Indian journal of veterinary science and animal husbandry - Volumes 15-17, 1948-1951
Year: 1948
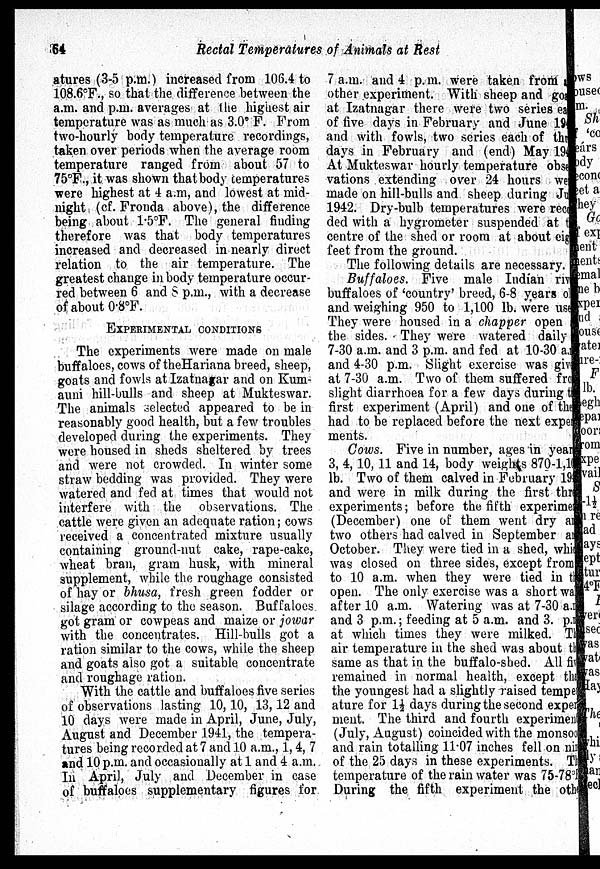
64
Rectal Temperatures of Animals at Rest
atures (3-5 p.m.) increased from 106.4 to
108.6ºF., so that the difference between the
a.m. and p.m. averages at the highest air
temperature was as much as 3.0º F. From
two-hourly body temperature recordings,
taken over periods when the average room
temperature ranged from about 57 to
75ºF., it was shown that body temperatures
were highest at 4 a.m, and lowest at mid-
night (cf. Fronda above), the difference
being about 1.5°F. The general finding
therefore was that body temperatures
increased and decreased in nearly direct
relation to the air temperature. The
greatest change in body temperature occur-
red between 6 and 8 p.m., with a decrease
of about 0.8ºF.
EXPERIMENTAL CONDITIONS
The experiments were made on male
buffaloes, cows of theHariana breed, sheep,
goats and fowls at Izatnagar and on Kum-
auni hill-bulls and sheep at Mukteswar.
The animals selected appeared to be in
reasonably good health, but a few troubles
developed during the experiments. They
were housed in sheds sheltered by trees
and were not crowded. In winter some
straw bedding was provided. They were
watered and fed at times that would not
interfere with the observations. The
cattle were given an adequate ration; cows
received a concentrated mixture usually
containing ground-nut cake, rape-cake,
wheat bran, gram husk, with mineral
supplement, while the roughage consisted
of hay or bhusa, fresh green fodder or
silage according to the season. Buffaloes.
got gram or cowpeas and maize or jowar
with the concentrates. Hill-bulls got a
ration similar to the cows, while the sheep
and goats also got a suitable concentrate
and roughage ration.
With the cattle and buffaloes five series
of observations lasting 10, 10, 13, 12 and
10 days were made in April, June, July,
August and December 1941, the tempera-
tures being recorded at 7 and 10 a.m., 1, 4, 7
and 10 p.m. and occasionally at 1 and 4 a.m.
In April, July and December in case
of buffaloes supplementary figures for
7 a.m. and 4 p. m. were taken from a
other experiment. With sheep and goat
at Izatnagar there were two series ea
of five days in February and June 1942
and with fowls, two series each of three
days in February and (end) May 1942
At Mukteswar hourly temperature obser
vations extending over 24 hours were
made on hill-bulls and sheep during July
1942. Dry-bulb temperatures were recor
ded with a hygrometer suspended at the
centre of the shed or room at about eight
feet from the ground.
The following details are necessary.
Buffaloes. Five male Indian rive
buffaloes of 'country' breed, 6-8 years old
and weighing 950 to 1,100 lb. were used
They were housed in a chapper open
the sides. They were watered daily
7-30 a.m. and 3 p.m. and fed at 10-30 a.m.
and 4-30 p.m. Slight exercise was given
at 7-30 a.m. Two of them suffered from
slight diarrhoea for a few days during the
first experiment (April) and one of the
had to be replaced before the next experi¬
ments.
Cows. Five in number, ages in year
3, 4, 10, 11 and 14, body weights 870-1,10
lb. Two of them calved in February 1942
and were in milk during the first three
experiments; before the fifth experiment
(December) one of them went dry and
two others had calved in September and
October. They were tied in a shed, which
was closed on three sides, except from
to 10 a.m. when they were tied in the
open. The only exercise was a short wal
after 10 a.m. Watering was at 7-30 a.m.
and 3 p.m.; feeding at 5 a.m. and 3. p.m.
at which times they were milked. The
air temperature in the shed was about the
same as that in the buffalo-shed. All five
remained in normal health, except that
the youngest had a slightly raised tempere
ature for 1½ days during the second experi
ment. The third and fourth experiment
(July, August) coincided with the monsoon
and rain totalling 11.07 inches fell on nine
of the 25 days in these experiments. The
temperature of the rain water was 75-78°F.
During the fifth experiment the other